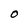
Character: O